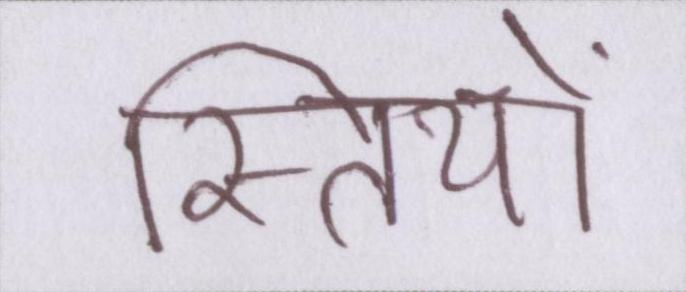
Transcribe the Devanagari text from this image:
स्त्रियों